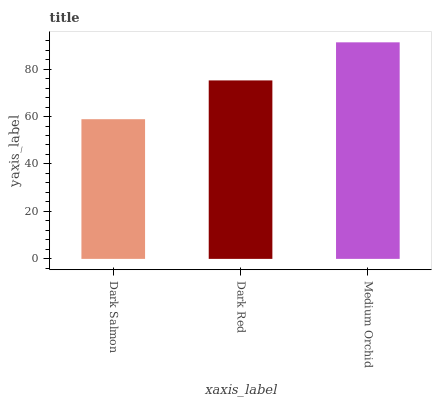
| xaxis_label | bars |
 | --- | --- |
 | Dark Salmon | 58.9 |
 | Dark Red | 75.2 |
 | Medium Orchid | 91.3 |